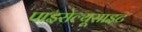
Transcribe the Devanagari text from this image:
पाइरोल्यूसाइट